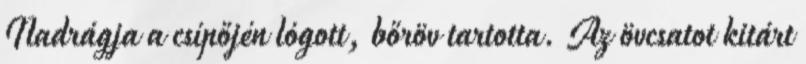
Nadrágja a csípőjén lógott, bőröv tartotta. Az övcsatot kitárt